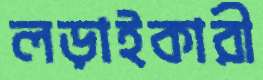
লড়াইকারী